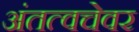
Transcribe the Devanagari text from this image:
अंतत्वचेवर